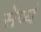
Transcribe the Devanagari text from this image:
सेव्यं